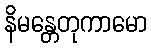
နိမန္တေတုကာမော